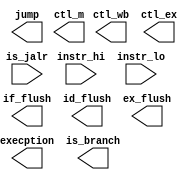
`timescale 1ns / 1ps
//////////////////////////////////////////////////////////////////////////////////
// Company: EECS 581 Team 11
// 
// Design Name: 
// Module Name: control_unit
// Project Name: 
// Target Devices: 
// Tool Versions: 
// Description: 
// 
// Dependencies: 
// 
// Revision:
// Revision 0.01 - File Created
// Additional Comments:
// 
//////////////////////////////////////////////////////////////////////////////////


module control_unit(
    input [14:12] instr_hi,
    input [6:0] instr_lo,
    output execption,
    output jump,
    output if_flush,
    output id_flush,
    output ex_flush,
    output [1:0] ctl_wb,
    output [4:0] ctl_m,
    output [5:0] ctl_ex,
    output is_branch,
    input is_jalr
    );
endmodule